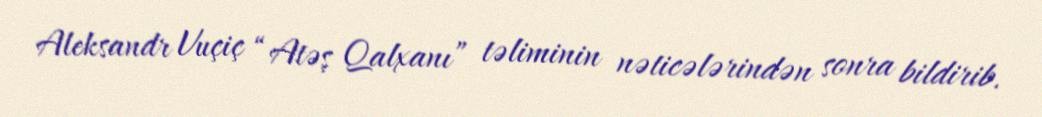
Aleksandr Vuçiç “Atəş Qalxanı” təliminin nəticələrindən sonra bildirib.